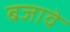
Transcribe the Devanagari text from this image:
बजावे